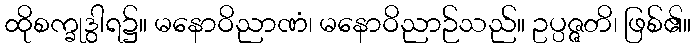
ထိုစက္ခုဒွါရ၌။ မနောဝိညာဏံ၊ မနောဝိညာဉ်သည်။ ဥပ္ပဇ္ဇတိ၊ ဖြစ်၏။